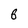
Character: 6